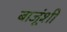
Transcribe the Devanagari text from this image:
बाजूंशी